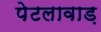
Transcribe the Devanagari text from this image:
पेटलावाड़